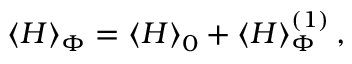
{ \left\langle H \right\rangle _ { \Phi } } = { \left\langle H \right\rangle _ { 0 } } + \left\langle H \right\rangle _ { \Phi } ^ { \left( 1 \right) } ,